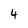
Character: 4